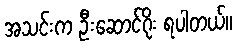
အသင်းက ဦးဆောင်ဂိုး ရပါတယ်။